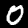
Digit: 0